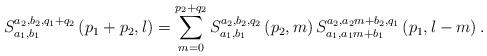
LaTeX: \begin{align*}S_{a_{1},b_{1}}^{a_{2},b_{2},q_{1}+q_{2}}\left( p_{1}+p_{2},l\right)=\sum_{m=0}^{p_{2}+q_{2}}S_{a_{1},b_{1}}^{a_{2},b_{2},q_{2}}\left(p_{2},m\right) S_{a_{1},a_{1}m+b_{1}}^{a_{2},a_{2}m+b_{2},q_{1}}\left(p_{1},l-m\right) . \end{align*}